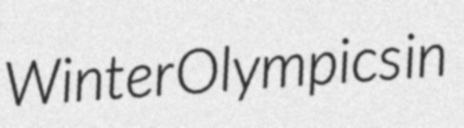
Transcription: Winter Olympics in